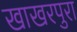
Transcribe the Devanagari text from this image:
खाखरपुरा